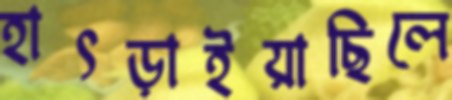
হাৎড়াইয়াছিলে